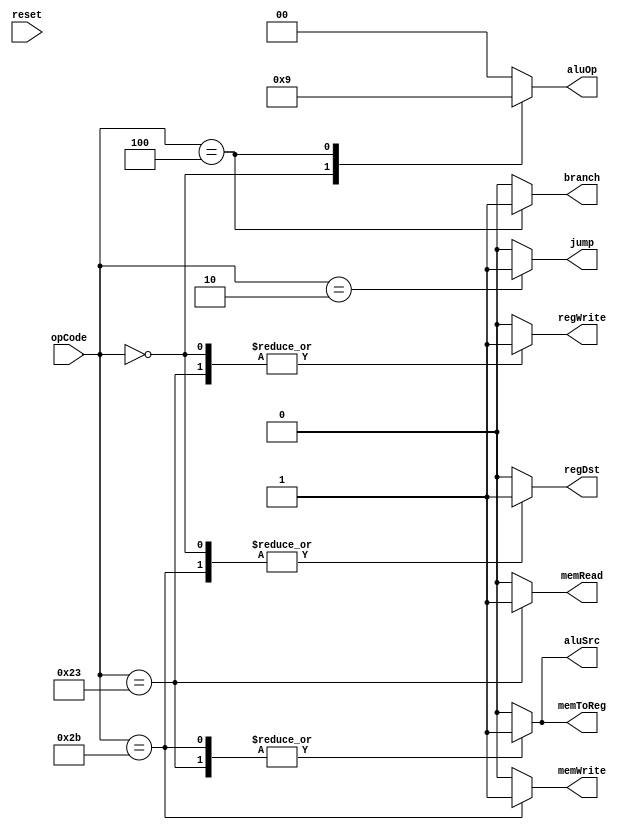
module Ctr(
    input [5:0] opCode,
	 input reset,
    output regDst,
    output aluSrc,
    output memToReg,
    output regWrite,
    output memRead,
    output memWrite,
    output branch,
    output [1:0] aluOp,
    output jump
    );

    reg regDst;
	 reg aluSrc;
	 reg memToReg;
	 reg regWrite;
	 reg memRead;
	 reg memWrite;
	 reg branch;
	 reg [1:0] aluOp;
	 reg jump;
	 
	 always @ (opCode or reset)
	 begin
	 case (opCode)
	     6'b000010:
		  begin
		      regDst = 0;
				aluSrc = 0;
				memToReg = 0;
				regWrite = 0;
				memRead = 0;
				memWrite = 0;
				branch = 0;
				aluOp = 2'b00;
				jump = 1;
        end
			
		  6'b000000:
		  begin
			   regDst = 1;
				aluSrc = 0;
				memToReg = 0;
				regWrite = 1;
				memRead = 0;
				memWrite = 0;
				branch = 0;
				aluOp = 2'b10;
				jump = 0;
		  end
		  
		  6'b100011:
		  begin
			   regDst = 0;
				aluSrc = 1;
				memToReg = 1;
				regWrite = 1;
				memRead = 1;
				memWrite = 0;
				branch = 0;
				aluOp = 2'b00;
				jump = 0;
		  end
			
		  6'b101011:
		  begin
			   regDst = 1;
			   aluSrc = 1;
			   memToReg = 1;
			   regWrite = 0;
			   memRead = 0;
		      memWrite = 1;
			   branch = 0;
			   aluOp = 2'b00;
			   jump = 0;
		  end
			
		  6'b000100:
		  begin
			   regDst = 0;
				aluSrc = 0;
				memToReg = 0;
				regWrite = 0;
				memRead = 0;
				memWrite = 0;
				branch = 1;
				aluOp = 2'b01;
				jump = 0;
		  end

		  default:
		  begin
			   regDst = 0;
				aluSrc = 0;
				memToReg = 0;
				regWrite = 0;
				memRead = 0;
				memWrite = 0;
				branch = 0;
			   aluOp = 2'b00;
				jump = 0;
		  end
		endcase
		end
endmodule